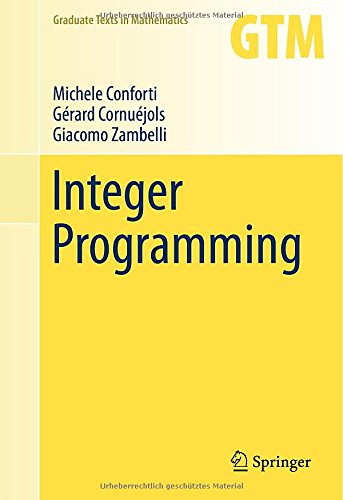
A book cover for Integer Programming (Graduate Texts in Mathematics); Michele Conforti; Business & Money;